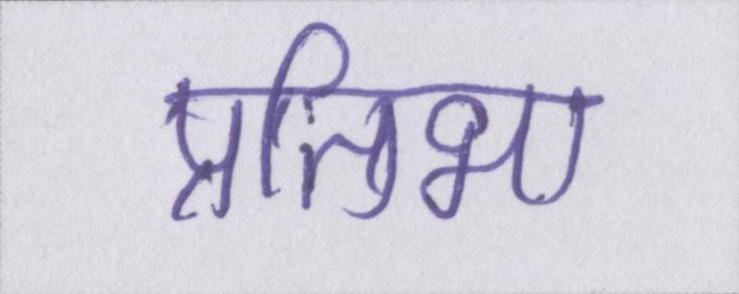
प्रतिभा